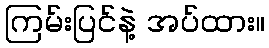
ကြမ်းပြင်နဲ့ အပ်ထား။